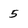
Character: 5